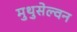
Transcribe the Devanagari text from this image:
मुथुसेल्वन